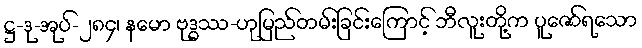
ဋ္ဌ-ဒု-အုပ်-၂၈၄၊ နမော ဗုဒ္ဓဿ-ဟုမြည်တမ်းခြင်းကြောင့် ဘီလူးတို့က ပူဇော်ရသော